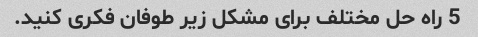
5 راه حل مختلف برای مشکل زیر طوفان فکری کنید.